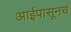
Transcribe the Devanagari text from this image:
आईपासूनच